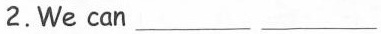
2.We can ___ ___